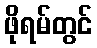
ဖိုရမ်တွင်